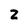
Character: z